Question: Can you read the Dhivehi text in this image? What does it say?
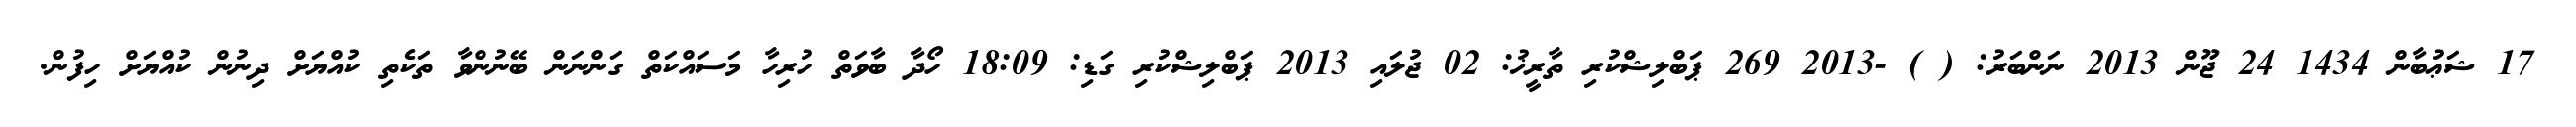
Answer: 17 ޝަޢުބާން 1434 24 ޖޫން 2013 ނަންބަރު: ( ) -2013 269 ޕަބްލިޝްކުރި ތާރީޚު: 02 ޖުލައި 2013 ޕަބްލިޝްކުރި ގަޑި: 18:09 ހޯދާ ބާވަތް ހުރިހާ މަސައްކަތް ގަންނަން ބޭނުންވާ ތަކެތި ކުއްޔަށް ދިނުން ކުއްޔަށް ހިފުން.